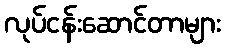
လုပ်ငန်းဆောင်တာများ